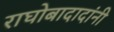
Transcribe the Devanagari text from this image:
राघोबादादांनी